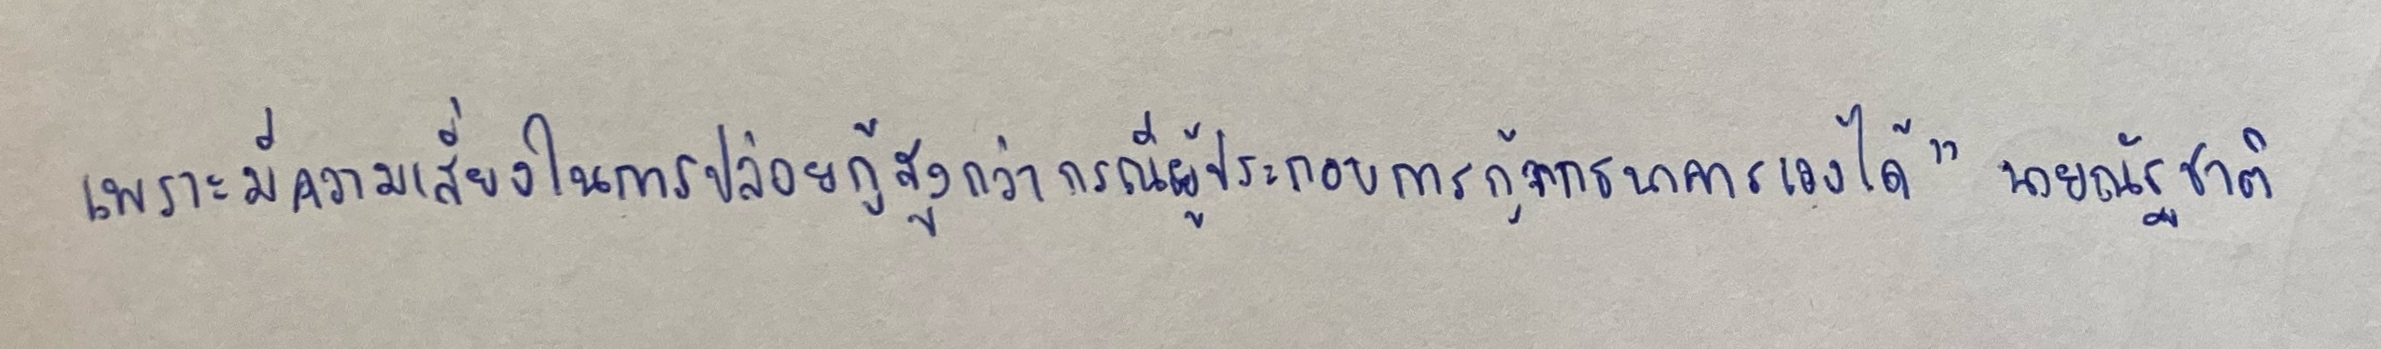
เพราะมีความเสี่ยงในการปล่อยกู้สูงกว่ากรณีผู้ประกอบการกู้จากธนาคารเองได้"นายณัฐชาติ